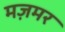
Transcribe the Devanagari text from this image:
मज़मर